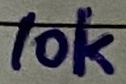
Text: 10k